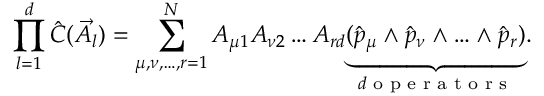
\prod _ { l = 1 } ^ { d } \hat { C } ( \vec { A } _ { l } ) = \sum _ { \mu , \nu , \ldots , r = 1 } ^ { N } A _ { \mu 1 } A _ { \nu 2 } \dots A _ { r d } \underset { d \textrm { o p e r a t o r s } } { \underbrace { ( \hat { p } _ { \mu } \wedge \hat { p } _ { \nu } \wedge \ldots \wedge \hat { p } _ { r } ) } } .